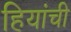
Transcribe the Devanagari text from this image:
हियांची